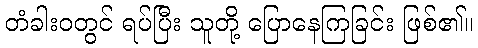
တံခါးဝတွင် ရပ်ပြီး သူတို့ ပြောနေကြခြင်း ဖြစ်၏။